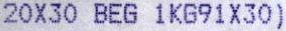
20X30 BEG 1KG91X30)